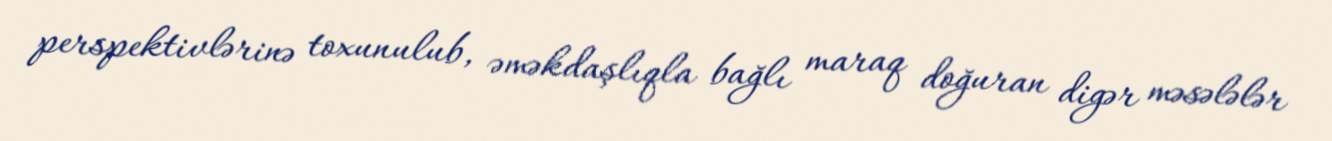
perspektivlərinə toxunulub, əməkdaşlıqla bağlı maraq doğuran digər məsələlər